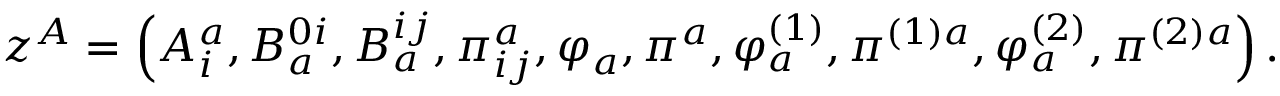
z ^ { A } = \left( A _ { i } ^ { a } , B _ { a } ^ { 0 i } , B _ { a } ^ { i j } , \pi _ { i j } ^ { a } , \varphi _ { a } , \pi ^ { a } , \varphi _ { a } ^ { \left( 1 \right) } , \pi ^ { ( 1 ) a } , \varphi _ { a } ^ { \left( 2 \right) } , \pi ^ { ( 2 ) a } \right) .